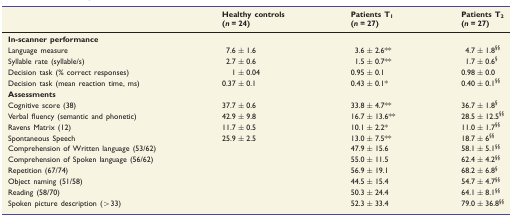
| <ROWSPAN=2>  | Healthy controls | Patients T1 | Patients T2 |
 | (n = 24) | (n = 27) | (n = 27) |
 | --- | --- | --- | --- |
 | <COLSPAN=4> In-scanner performance |
 | Language measure | 7.6 ± 1.6 | 3.6 ± 2.6** | 4.7 ± 1.8§§ |
 | Syllable rate (syllable/s) | 2.7 ± 0.6 | 1.5 ± 0.7** | 1.7 ± 0.6§ |
 | Decision task (% correct responses) | 1 ± 0.04 | 0.95 ± 0.1 | 0.98 ± 0.0 |
 | Decision task (mean reaction time, ms) | 0.37 ± 0.1 | 0.43 ± 0.1* | 0.40 ± 0.1§§ |
 | <COLSPAN=4> Assessments |
 | Cognitive score (38) | 37.7 ± 0.6 | 33.8 ± 4.7** | 36.7 ± 1.8§ |
 | Verbal fluency (semantic and phonetic) | 42.9 ± 9.8 | 16.7 ± 13.6** | 28.5 ± 12.5§§ |
 | Ravens Matrix (12) | 11.7 ± 0.5 | 10.1 ± 2.2* | 11.0 ± 1.7§§ |
 | Spontaneous Speech | 25.9 ± 2.5 | 13.0 ± 7.5** | 18.7 ± 6§§ |
 | Comprehension of Written language (53/62) |  | 47.9 ± 15.6 | 58.1 ± 5.1§§ |
 | Comprehension of Spoken language (56/62) |  | 55.0 ± 11.5 | 62.4 ± 4.2§§ |
 | Repetition (67/74) |  | 56.9 ± 19.1 | 68.2 ± 6.8§ |
 | Object naming (51/58) |  | 44.5 ± 15.4 | 54.7 ± 4.7§§ |
 | Reading (58/70) |  | 50.3 ± 24.4 | 64.1 ± 8.1§§ |
 | Spoken picture description (>33) |  | 52.3 ± 33.4 | 79.0 ± 36.8§§ |